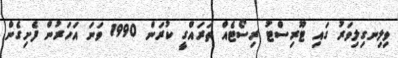
ވިލިނގިލިވަރު ގައި ޓޫރިސްޓު ރިސޯޓެއް ތަރައްގީ ކުރަން 1990 ވަނަ އަހަރުން ފެށިގެން